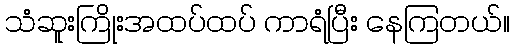
သံဆူးကြိုးအထပ်ထပ် ကာရံပြီး နေကြတယ်။